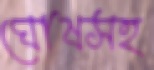
ঘোষসহ